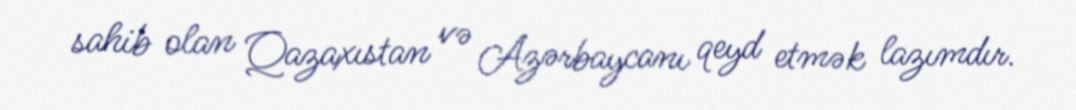
sahib olan Qazaxıstan və Azərbaycanı qeyd etmək lazımdır.